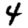
Digit: 4